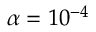
\alpha = 1 0 ^ { - 4 }